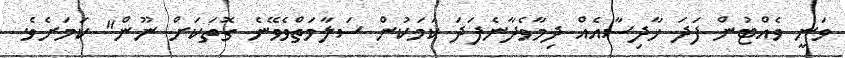
ވަނީ ވެއްޓުން ފަދަ ހާދިސާއެއް ދިމާވެދާނެފަދަ ކަމަކުން ސަލާމަތްވެވޭނެ ގޮތަކަށް ނޫން" ކަމަށެވެ.